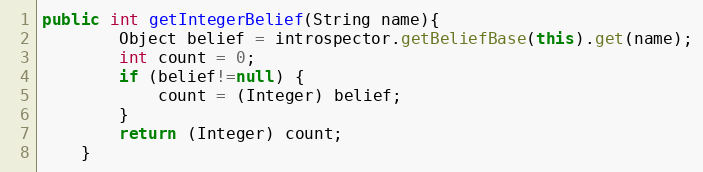
Language: Java
public int getIntegerBelief(String name){
        Object belief = introspector.getBeliefBase(this).get(name);
        int count = 0;
        if (belief!=null) {
            count = (Integer) belief;
        }
        return (Integer) count;
    }